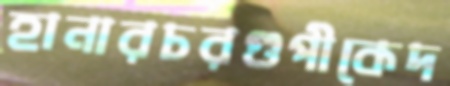
হানারচরগুপীকেদ